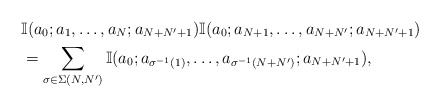
\begin{align*}& \mathbb{I}(a_0;a_1,\ldots,a_N;a_{N+N'+1})\mathbb{I}(a_0;a_{N+1},\ldots,a_{N+N'};a_{N+N'+1})\\&= \sum_{\sigma\in\Sigma(N,N')} \mathbb{I}(a_0;a_{\sigma^{-1}(1)},\ldots,a_{\sigma^{-1}(N+N')};a_{N+N'+1}),\end{align*}